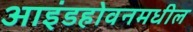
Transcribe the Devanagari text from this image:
आइंडहोवनमधील